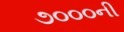
૭૦૦૦ની